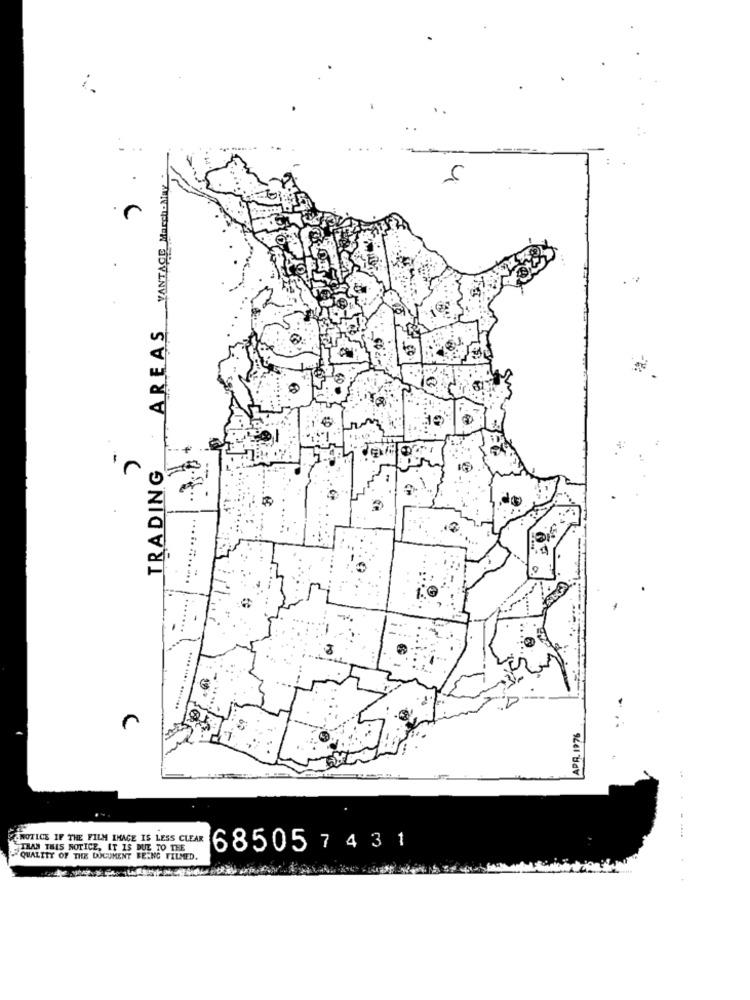
AREAS_VANTAGE March-Day
10
TRADING
LAPR. 1976
&NOTICE IF THE FILM IHACE IS LESS CLEAR
THAN THIS NOTICE, IT IS DUE TO THE
68505 7431
QUALITY OF THE DOCUMENT BEING FILMED.